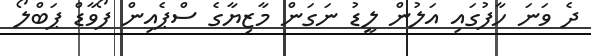
ދެ ވަނަ ހާފުގައި އަލުން ލީޑު ނަގަން މާޒިޔާގެ ސްޕެއިން ފޯވާޑް ޕަބްލޯ